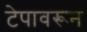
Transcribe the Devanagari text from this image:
टेपावरून